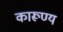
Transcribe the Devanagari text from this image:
कारूण्य